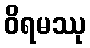
ဝိရမဿု